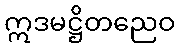
ဣဒမဋ္ဌိတညေဝ